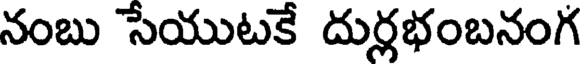
నంబు సేయుటకే దుర్లభంబనంగ